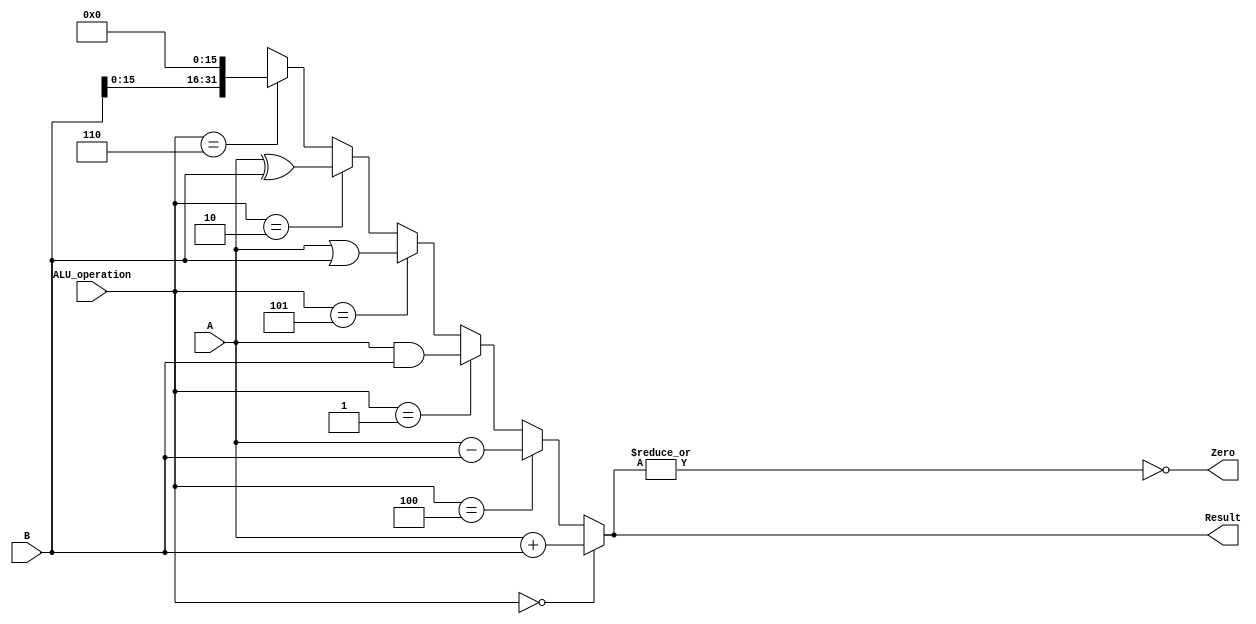
`timescale 1ns / 1ps
//////////////////////////////////////////////////////////////////////////////////
// Company: 
// Engineer: 
// 
// Design Name: 
// Module Name:    ALU 
// Project Name: 
// Target Devices: 
// Tool versions: 
// Description: 
//
// Dependencies: 
//
// Revision: 
// Revision 0.01 - File Created
// Additional Comments: 
//
//////////////////////////////////////////////////////////////////////////////////
module ALU(
	input	[31:0]	A,B,//32
	input	[2:0]	ALU_operation,//ALU
	output[31:0]	Result,	//32
	output			Zero	//Zero0JEQ
    );
	 //
	 assign Result =  (ALU_operation == 3'b000) ? A + B :
							(ALU_operation == 3'b100) ? A - B :
							(ALU_operation == 3'b001) ? A & B :
							(ALU_operation == 3'b101) ? A | B :
							(ALU_operation == 3'b010) ? A ^ B :
							//1616160
							(ALU_operation == 3'b110) ? {B[15:0],16'h0} :
							32'hxxxxxxxx;//
	
	assign Zero = ~|Result;//Result

endmodule